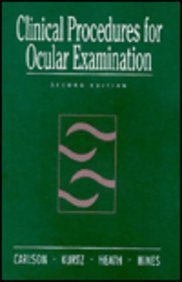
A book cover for Clinical Procedures for Ocular Examination; Nancy B. Carlson; Medical Books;